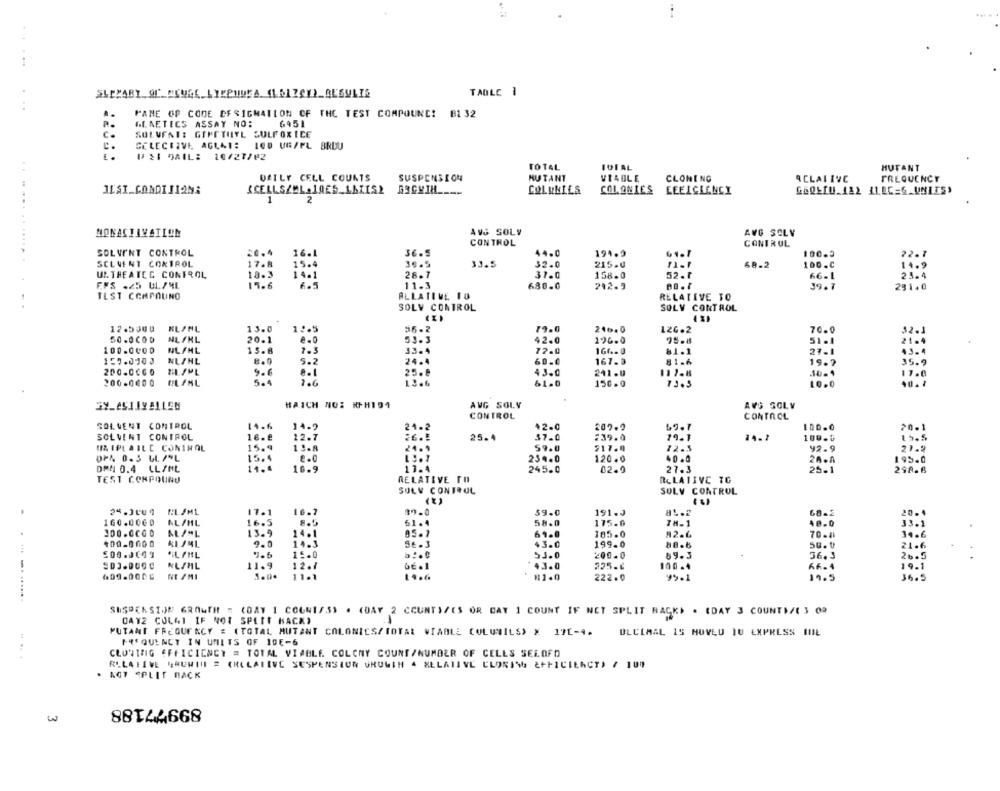
TABLE 1
.........
PANE OP CODE OFSIGNATION CF THE TEST COMPOUND! B1 32
GENETICS ASSAY NO:
6451
C.
SOLVENT: GIPETITL SULFOXICE
C.
SELECTIVE, AGLAI: ICO UG/PL BROU
⑈21 MAIL: 10/27/02
TOTAL
IOIAL
HUTANT
DEILY CELL COUNTS
SUSPENSION
HUTANT
VIABLE
CLONING
ACLALIVE
FREQUENCY
COLUHILS
COLONIES LEELCIENCY
1
2
MONACIAVAILON
AVG SOLV
AVG SOLV
CONTROL
CONTROL
SOLVENT CONTROL
36.5
44.0
191.9
61.1
100.3
...... ........
22.1
SCLVENT CONTROL
30.5
33.5
32.0
215.0
68-2
100.C
U. THEATEC CONTROL
18.3
28.7
31.0
158.0
32.7
66-1
FFS .25 UL/ML
15.6
11.3
242.3
39.7
231.0
680.0
TEST CCAPOLINO
ALLATIVE IO
RELATIVE TO
ESSERE
..
SOLY CONTROL
SOLY CONTROL
12.5300
HLINL
13.0
12.5
35.2
79.0
246.0
L26.2
70.0
32.1
50.00OD
NL /KL
20.1
53.3
42.0
196.0
100.0000
1 . 0
33.4
NL/HL
15. 8
7.3
72.0
166-9
61.1
27-1
159.0100
NL/NL
8.0
5.2
24.4
60.0
167.3
81.6
200.0000
9.6
25.8
43.0
211.U
117.8
5.4
200.0000
ELFML
13.6
61.0
150 .0
73.5
10.0
AVG SOLY
AVG SOLV
HAICH NO: RH101
CONTROL
CONTROL
SOL VENT CONTROL
14.6
14.9
21.2
$2.0
207.9
69.7
SOLVENT CONTROL
16.e
12.7
239.0
20.1
25.4
$7.0
19.1
24.1
100.0
UZ IPL AILE CONTROL
15.4
59.0
217.0
72.5
92 . 9
27.8
DF4 0.3 4L /"L
234.0
120.0
40.0
11.4
27.3
195.0
DPN 0.4 LL/ML
16.9
245.0
02.0
25.1
298.6
TEST CONPOUND
RELATIVE TO
RELATIVE TO
SULV CONTROL
SOLV CONTROL
24.300 9 CL/ML
17.1
16-7
59.0
191.3
68-2
20.
160.0060
NL/HL
16.5
8.5
61.4
58.0
175.0
TH- 1
48.0
33 .
300.0000
13.9
14.1
05.7
61.0
185.0
82.6
70.41
34.6
109-0600
2.0
14.3
SE.3
$3.0
199.0
88.6
21.6
9.6
15.0
53.0
200.0
89.3
36 . 3
26.5
NLSHL
11.9
12.1
43.0
100 -4
19.1
609.000G
11.1
222.0
99.1
19 .5
SUSPENSION GROWTH " (DAY 1 COUNTESS . (DAY 2 COUNT}/ES OR DAY 1 COUNT IF NCT SPLIT RACK) . (DAY 3 COUNT)/( 3 02
DAY2 COL41 IF NOT SPLIT BACK)
FUTANI FREQUENCY & (TOTAL AUTANT COLONICS/TOTAL VIABLE COLUILS) X 17E-4.
DLCLMAL 15 HUVED JU EXPRESS IIIL
FREQUENCY IN UNILTS OF 1DE-6
CLONING EFFICIENCY = TOTAL VIABLE COLONY COUNT /NUMBER OF CELLS SELOFO
RELATIVE "HUMILI = (RELATIVE SUSPENSION UNUWIH 4 RELATIVE CLONING &FFICIENCY) / 100
KOT SPLIT BACK
w
88144668